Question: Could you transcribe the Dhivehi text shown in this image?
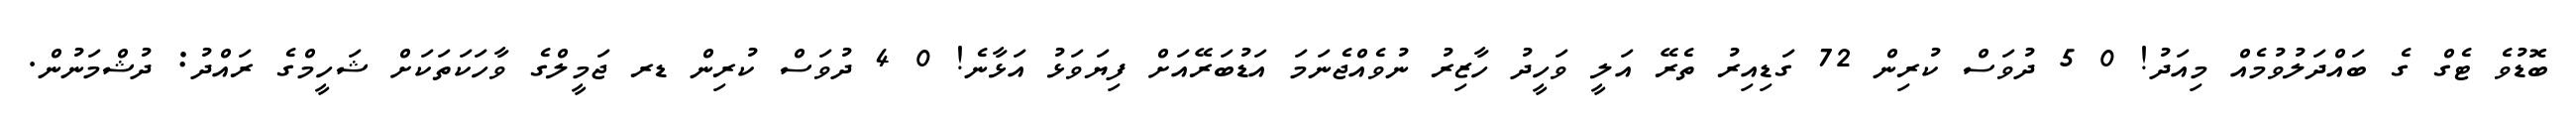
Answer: ބޮޑުވެ ޓެގް ގެ ބައްދަލުވުމެއް މިއަދު! 0 5 ދުވަސް ކުރިން 72 ގަޑިއިރު ތެރޭ އަލީ ވަހީދު ހާޒިރު ނުވެއްޖެނަމަ އަޑުބަރޭއަށް ފިޔަވަޅު އަޅާނެ! 0 4 ދުވަސް ކުރިން ޑރ ޖަމީލްގެ ވާހަކަތަކަށް ޝަހީމްގެ ރައްދު: ދުޝްމަނުން.